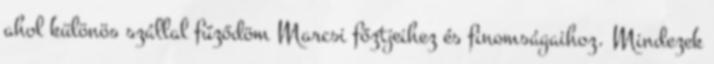
ahol különös szállal fűződöm Marcsi főztjeihez és finomságaihoz. Mindezek